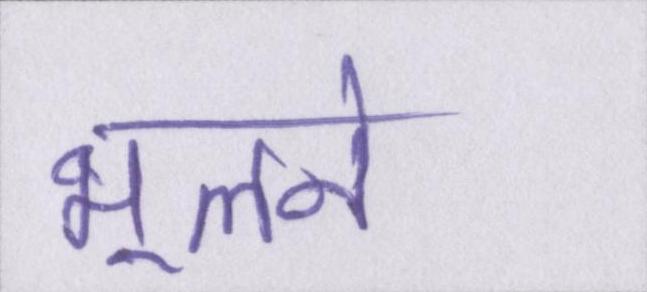
भूलने